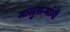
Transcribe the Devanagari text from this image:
मालुसऱ्यांनी